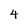
Character: 4